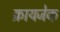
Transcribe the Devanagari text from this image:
क्रायजेक